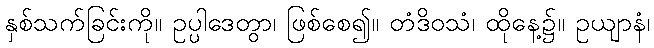
နှစ်သက်ခြင်းကို။ ဥပ္ပါဒေတွာ၊ ဖြစ်စေ၍။ တံဒိဝသံ၊ ထိုနေ့၌။ ဥယျာနံ၊